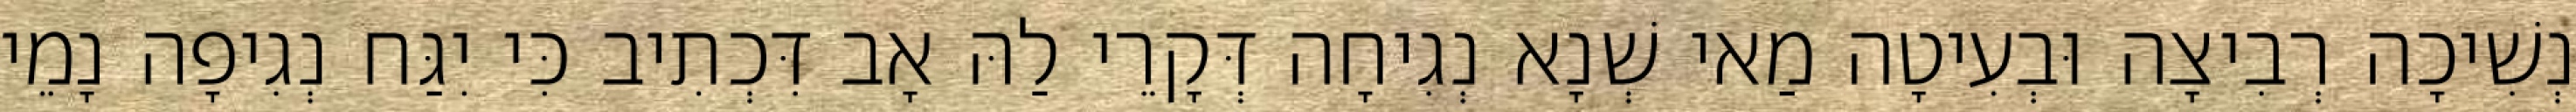
נְשִׁיכָה רְבִיצָה וּבְעִיטָה מַאי שְׁנָא נְגִיחָה דְּקָרֵי לַהּ אָב דִּכְתִיב כִּי יִגַּח נְגִיפָה נָמֵי